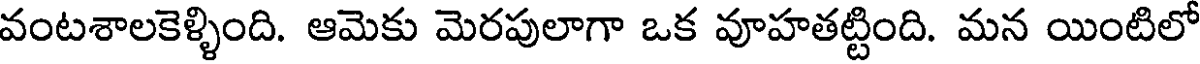
వంటశాలకెళ్ళింది. ఆమెకు మెరపులాగా ఒక వూహతట్టింది. మన యింటిలో